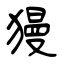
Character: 獌